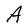
Character: A